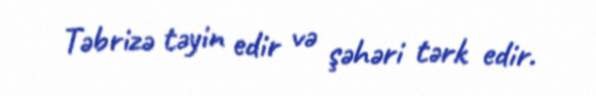
Təbrizə təyin edir və şəhəri tərk edir.